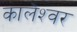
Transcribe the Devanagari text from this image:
कालेश्‍वर